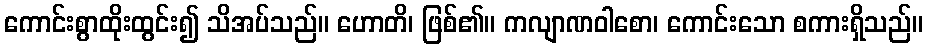
ကောင်းစွာထိုးထွင်း၍ သိအပ်သည်။ ဟောတိ၊ ဖြစ်၏။ ကလျာဏဝါစော၊ ကောင်းသော စကားရှိသည်။